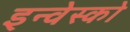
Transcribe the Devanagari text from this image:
इन्वेस्को